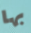
بها